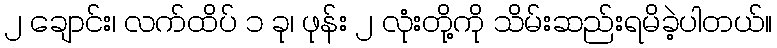
၂ ချောင်း၊ လက်ထိပ် ၁ ခု၊ ဖုန်း ၂ လုံးတို့ကို သိမ်းဆည်းရမိခဲ့ပါတယ်။